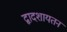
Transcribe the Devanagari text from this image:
द्वादशायतन